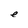
Character: e